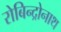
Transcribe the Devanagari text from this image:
रोबिन्द्रोनाथ